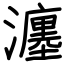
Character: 瀍